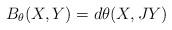
LaTeX: \begin{align*}B_\theta(X, Y)=d\theta(X, JY)\end{align*}